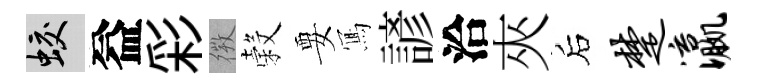
蛟益彩𢕄穀要𭂁諺洽夾后楚瀛